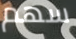
سهم